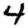
Digit: 4